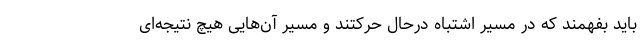
باید بفهمند که در مسیر اشتباه درحال حرکتند و مسیر آن‌هایی هیچ نتیجه‌ای